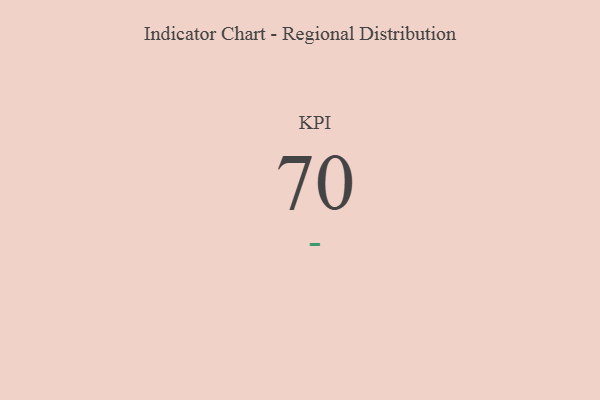
{"axis": {"x": "KPI", "y": "Value"}, "legend": [""], "data": [{"x": "KPI", "y": 70, "type": ""}]}